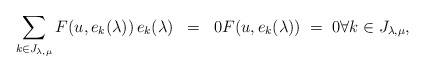
\begin{align*}\sum_{k\in J_{\lambda, \mu}} F(u, e_k(\lambda)) \, e_k(\lambda) \; \; = \; \; 0 F(u, e_k(\lambda)) \; = \; 0 \forall k\in J_{\lambda, \mu},\end{align*}